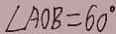
\angle A O B = 6 0 ^ { \circ }